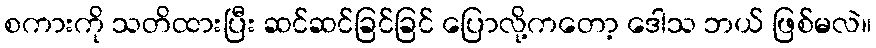
စကားကို သတိထားပြီး ဆင်ဆင်ခြင်ခြင် ပြောလို့ကတော့ ဒေါသ ဘယ် ဖြစ်မလဲ။